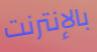
بالإنترنت